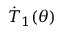
\dot { T } _ { 1 } ( \theta )